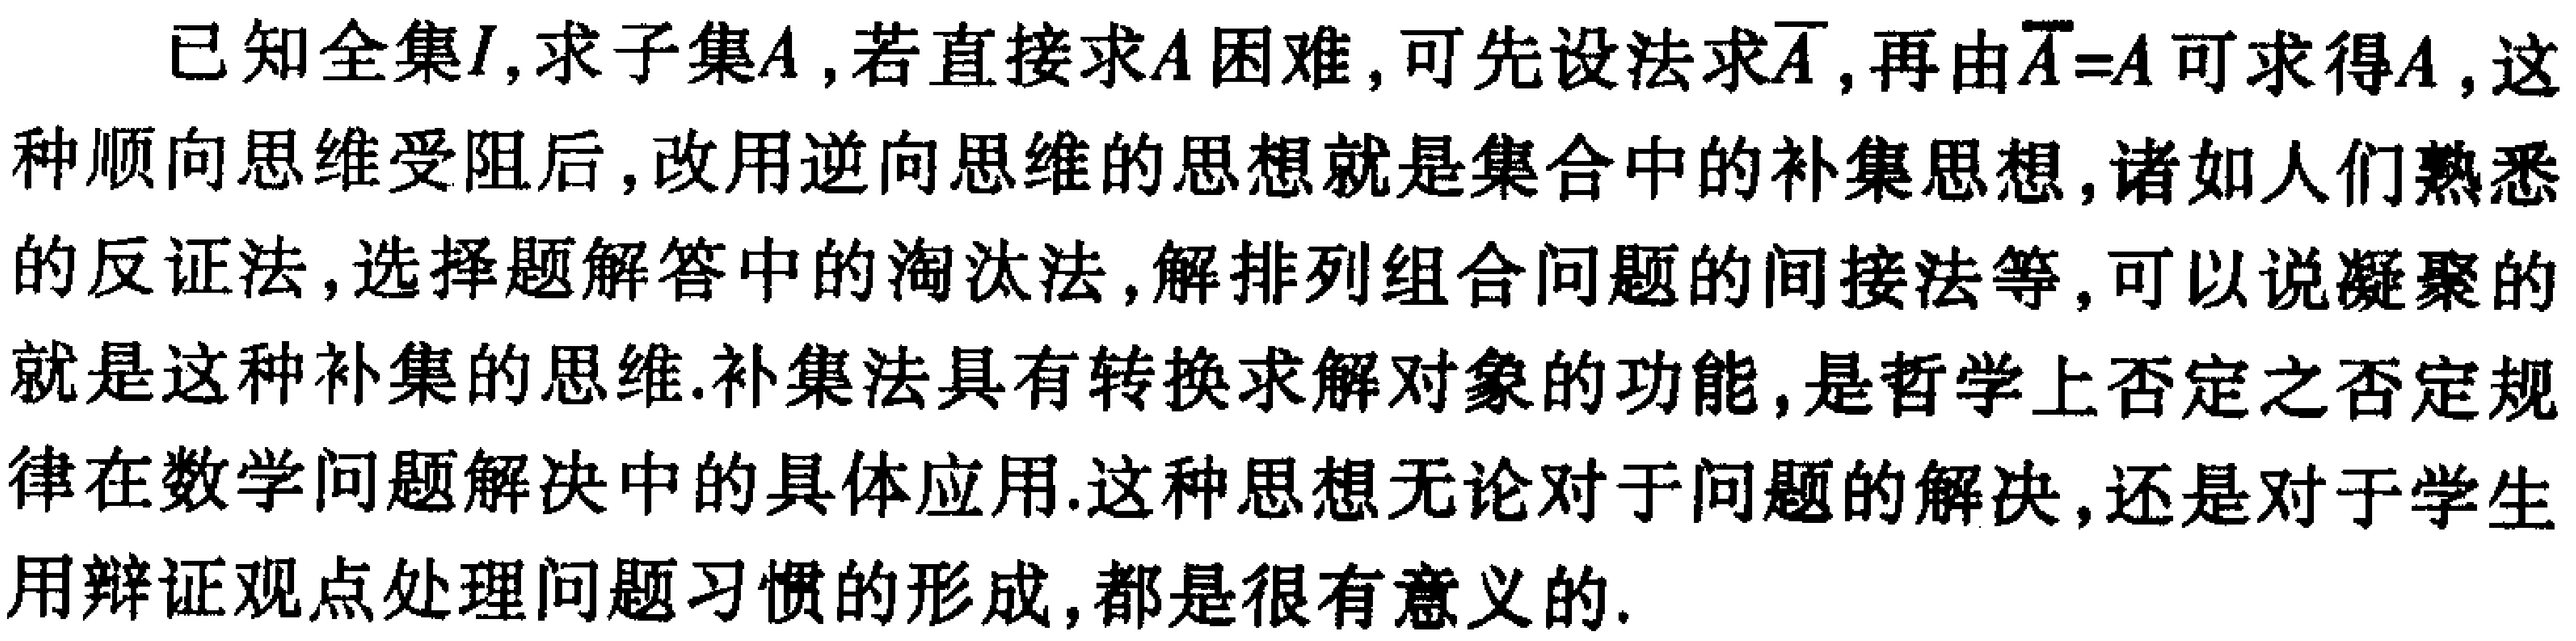
已知全集\(I\)，求子集\(A\)，若直接求\(A\)困难，可先设法求\(\overline{A}\)，再由\(\overline{\overline{A}} = A\)可求得\(A\)，这种顺向思维受阻后，改用逆向思维的思想就是集合中的补集思想，诸如人们熟悉的反证法，选择题解答中的淘汰法，解排列组合问题的间接法等，可以说凝聚的就是这种补集的思维.补集法具有转换求解对象的功能，是哲学上否定之否定规律在数学问题解决中的具体应用.这种思想无论对于问题的解决，还是对于学生用辩证观点处理问题习惯的形成，都是很有意义的.